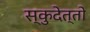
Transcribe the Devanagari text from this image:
स्कुदेत्तो